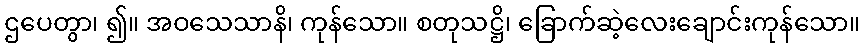
ဌပေတွာ၊ ၍။ အဝသေသာနိ၊ ကုန်သော။ စတုသဋ္ဌိ၊ ခြောက်ဆဲ့လေးချောင်းကုန်သော။